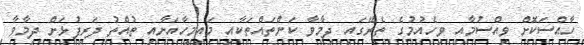
ހާއްސަކޮށް ވިއްސުމާއި ވިހެއުމުގެ ތެރޭގައި ދިމާވާ ކަންތައްތަކާއި މައިމީހާއަށާއި ތުއްތު ދަރިފުޅަށް ދިމާވާ